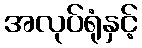
အလုပ်ရုံနှင့်